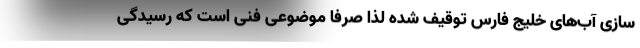
سازی آب‌های خلیج فارس توقیف شده لذا صرفا موضوعی فنی است که رسیدگی